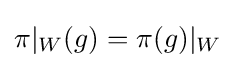
\pi |_{W}(g)=\pi (g)|_{W}